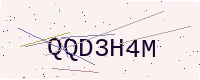
Text: QQD3H4M